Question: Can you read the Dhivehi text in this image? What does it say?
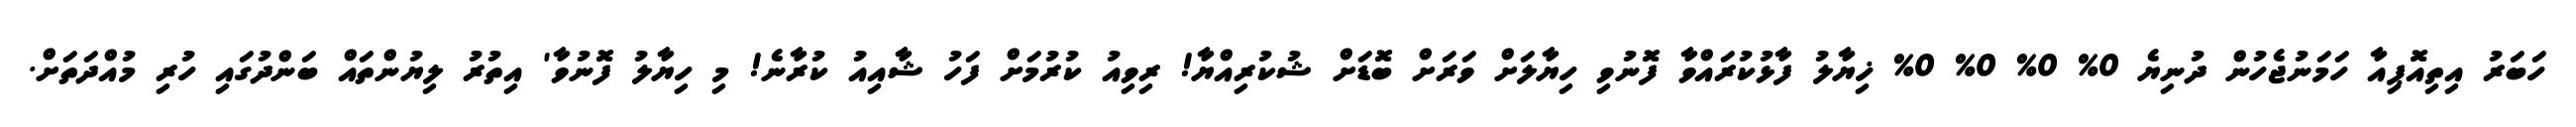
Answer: ހަބަރު އިތިއޮޕިއާ ހަމަނުޖެހުން ދުނިޔެ 0% 0% 0% 0% ޚިޔާލު ފާޅުކުރައްވާ ފޮނުވި ހިޔާލަށް ވަރަށް ބޮޑަށް ޝުކުރިއްޔާ! ރިވިއު ކުރުމަށް ފަހު ޝާއިއު ކުރާނެ! މި ހިޔާލު ފޮނުވާ' އިތުރު ލިޔުންތައް ބަންދުގައި ހުރި މުއްދަތަށް.